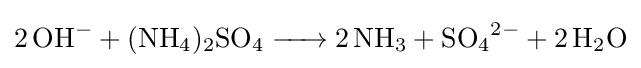
{\ce {2 OH- + (NH4)2SO4 -> 2 NH3 + SO4^2- + 2 H2O}}